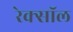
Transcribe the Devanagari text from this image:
रेक्सॉल